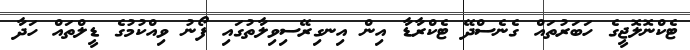
ޓެކްނޮލޮޖީގެ ހަބަރުތައް ގެނެސްދޭ ޓެކްރާޑާ އިން އިނގިރޭސިވިލާތުގައި ފޯނު ވިއްކުމުގެ ޑީލްތައް ހަދާ